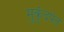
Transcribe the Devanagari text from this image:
मुकुंदपंत